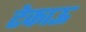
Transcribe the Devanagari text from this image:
टेकाऊ